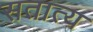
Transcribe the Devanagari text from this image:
सतात्य